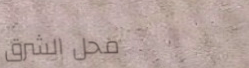
محل الشرق